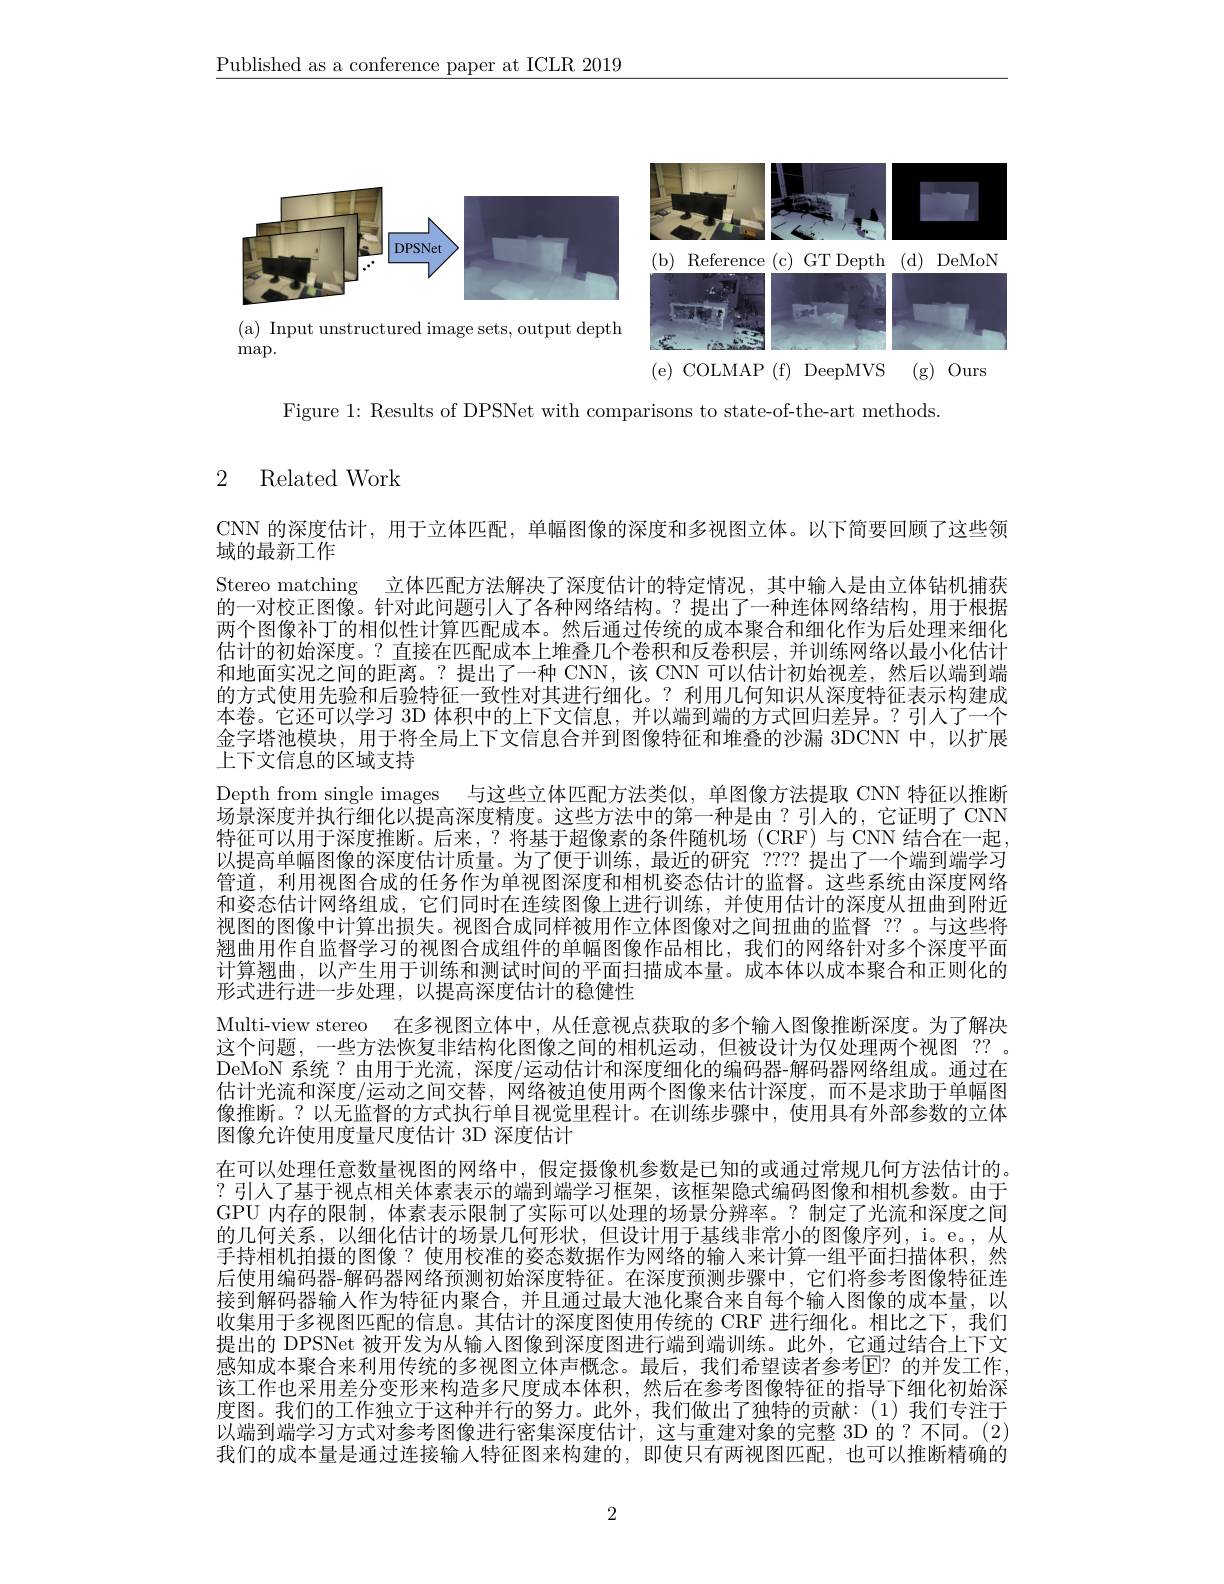
$\underline{\text{Published as a conference paper at ICLR 2019}}$

<FigureHere>

( e) COLMAP ( f) DeepMVS ( g) Ours

Figure 1: Results of DPSNet with comparisons to state-of-the-art methods.

## 2 Related Work

CNN 的深度估计，用于立体匹配，单幅图像的深度和多视图立体。以下简要回顾了这些领
域的最新工作
Stereo matching 立体匹配方法解决了深度估计的特定情况，其中输入是由立体钻机捕获的一对校正图像。针对此问题引人了各种网络结构。?提出了一种连体网络结构，用于根据两个图像补丁的相似性计算匹配成本。然后通过传统的成本聚合和细化作为后处理来细化估计的初始深度。? 直接在匹配成本上堆叠几个卷积和反卷积层，并训练网络以最小化估计和地面实况之间的距离。?提出了一种 CNN,该 CNN 可以估计初始视差，然后以端到端的方式使用先验和后验特征一致性对其进行细化。? 利用几何知识从深度特征表示构建成本卷。它还可以学习 3D 体积中的上下文信息，并以端到端的方式回归差异。?引人了一个金字塔池模块，用于将全局上下文信息合并到图像特征和堆叠的沙漏 3DCNN 中，以扩展上下文信息的区域支持
Depth from single images 与这些立体匹配方法类似，单图像方法提取 CNN 特征以推断场景深度并执行细化以提高深度精度。这些方法中的第一种是由？引入的，它证明了 CNN 特征可以用于深度推断。后来，?将基于超像素的条件随机场(CRF)与 CNN 结合在一起以提高单幅图像的深度估计质量。为了便于训练，最近的研究 ???? 提出了一个端到端学习管道，利用视图合成的任务作为单视图深度和相机姿态估计的监督。这些系统由深度网络和姿态估计网络组成，它们同时在连续图像上进行训练，并使用估计的深度从扭曲到附近视图的图像中计算出损失。视图合成同样被用作立体图像对之间扭曲的监督 ?? 。与这些将翘曲用作自监督学习的视图合成组件的单幅图像作品相比，我们的网络针对多个深度平面计算翘曲，以产生用于训练和测试时间的平面扫描成本量。成本体以成本聚合和正则化的形式进行进一步处理，以提高深度估计的稳健性
Multi-view stereo 在多视图立体中，从任意视点获取的多个输入图像推断深度。为了解决这个问题，一些方法恢复非结构化图像之间的相机运动，但被设计为仅处理两个视图 ??。DeMoN 系统？由用于光流，深度/运动估计和深度细化的编码器-解码器网络组成。通过在估计光流和深度/运动之间交替，网络被迫使用两个图像来估计深度，而不是求助于单幅图像推断。?以无监督的方式执行单目视觉里程计。在训练步骤中，使用具有外部参数的立体图像允许使用度量尺度估计 3D 深度估计
在可以处理任意数量视图的网络中，假定摄像机参数是已知的或通过常规几何方法估计的。?引人了基于视点相关体素表示的端到端学习框架，该框架隐式编码图像和相机参数。由于GPU 内存的限制，体素表示限制了实际可以处理的场景分辨率。?制定了光流和深度之间的几何关系，以细化估计的场景几何形状，但设计用于基线非常小的图像序列，i。e。,从手持相机拍摄的图像？使用校准的姿态数据作为网络的输入来计算一组平面扫描体积，然后使用编码器-解码器网络预测初始深度特征。在深度预测步骤中，它们将参考图像特征连接到解码器输人作为特征内聚合，并且通过最大池化聚合来自每个输人图像的成本量，以收集用于多视图匹配的信息。其估计的深度图使用传统的 CRF 进行细化。相比之下，我们提出的 DPSNet 被开发为从输入图像到深度图进行端到端训练。此外，它通过结合上下文感知成本聚合来利用传统的多视图立体声概念。最后，我们希望读者参考E？ 的并发工作， 该工作也采用差分变形来构造多尺度成本体积，然后在参考图像特征的指导下细化初始深度图。我们的工作独立于这种并行的努力。此外，我们做出了独特的贡献：(1)我们专注于以端到端学习方式对参考图像进行密集深度估计，这与重建对象的完整 3D 的？不同。(2) 我们的成本量是通过连接输人特征图来构建的，即使只有两视图匹配，也可以推断精确的

2